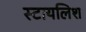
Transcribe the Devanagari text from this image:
स्टायलिश